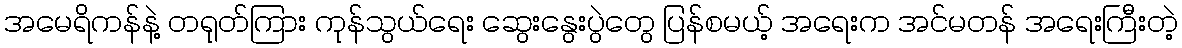
အမေရိကန်နဲ့ တရုတ်ကြား ကုန်သွယ်ရေး ဆွေးနွေးပွဲတွေ ပြန်စမယ့် အရေးက အင်မတန် အရေးကြီးတဲ့